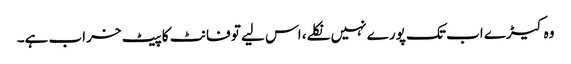
وہ کیڑے اب تک پورے نہیں نکلے، اس لیے تو فانٹ کا پیٹ خراب ہے۔